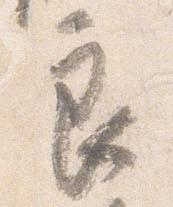
良